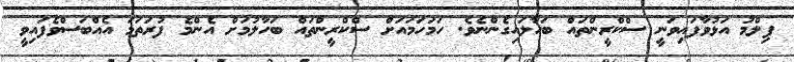
ފިލްމު އަޅުވާފައިވަނީ ސްކްރީންތައް ބަހާލައިގެންނެވެ. ހަމަހަމައަށް ސްކްރީންތައް ބަހާލުމަށް އެންމެ ފުރަތަމަ އެއްބަސްވެފައިވީ